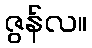
ဇွန်လ။